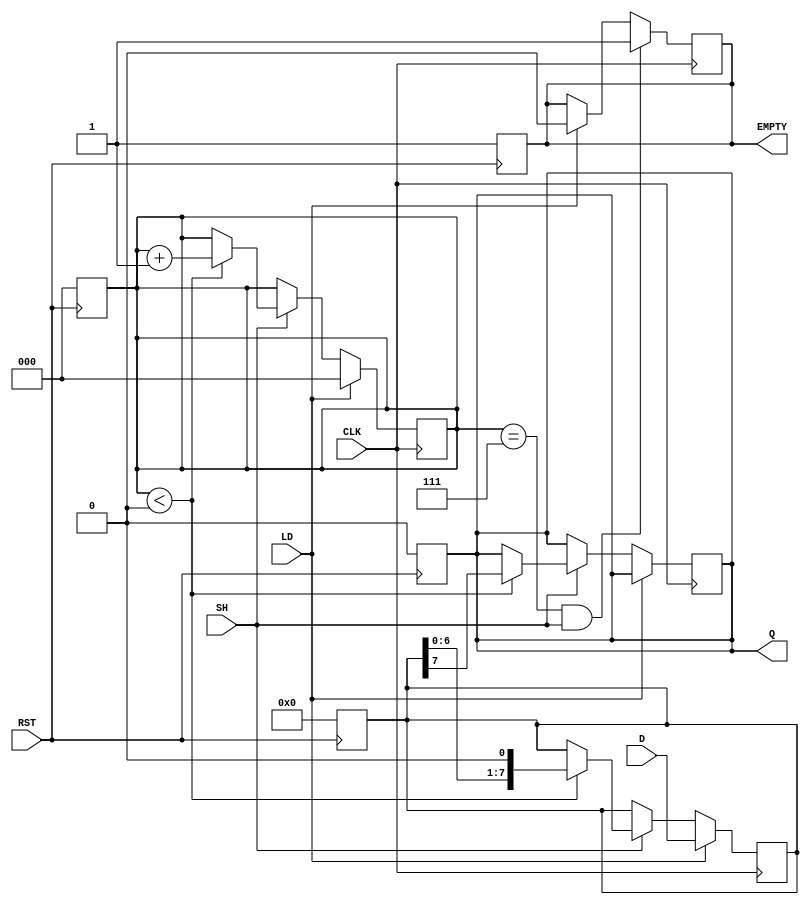
module PISO_Register (
    input wire [7:0] D,      // Data inputs
    input wire LD,           // Load signal
    input wire SH,           // Shift signal
    input wire CLK,          // Clock signal
    input wire RST,          // Reset signal
    output reg Q,            // Serial output
    output reg EMPTY         // Empty signal
);

    reg [7:0] REG;           // Storage register
    reg [2:0] count;         // Shift counter

    // Asynchronous reset
    always @(posedge RST) begin
        REG <= 8'b0;         // Clear the register
        count <= 3'b0;      // Reset the counter
        Q <= 1'b0;          // Clear the serial output
        EMPTY <= 1'b1;      // Register is empty after reset
    end

    // Main process
    always @(posedge CLK) begin
        if (LD) begin
            REG <= D;        // Load data into the register
            count <= 3'b0;   // Reset the shift counter
            EMPTY <= 1'b0;   // Register is not empty after loading
        end else if (SH) begin
            if (count < 3'd8) begin
                Q <= REG[7];  // Shift out the MSB
                REG <= {REG[6:0], 1'b0}; // Shift left
                count <= count + 1; // Increment the counter
            end
        end

        // Check if the register is empty after shifting
        if (count == 3'd7 && SH) begin
            EMPTY <= 1'b1;   // Set empty if all bits have been shifted out
        end
    end

endmodule